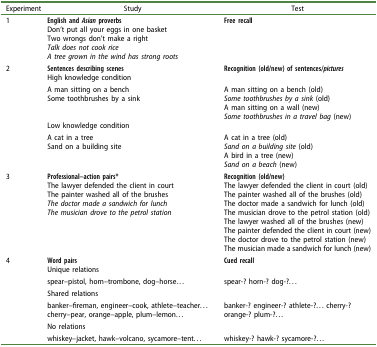
<table><thead><tr><td><b>Experiment</b></td><td><b>Study</b></td><td><b>Test</b></td></tr></thead><tbody><tr><td rowspan="5">1</td><td><b>English and <i>Asian</i> proverbs</b></td><td><b>Free recall</b></td></tr><tr><td>Don’t put all your eggs in one basket</td><td> </td></tr><tr><td>Two wrongs don’t make a right</td><td> </td></tr><tr><td><i>Talk does not cook rice</i></td><td> </td></tr><tr><td><i>A tree grown in the wind has strong roots</i></td><td> </td></tr><tr><td rowspan="6">2</td><td><b>Sentences describing scenes</b></td><td><b>Recognition (old/new) of sentences/<i>pictures</i></b></td></tr><tr><td>High knowledge condition</td><td> </td></tr><tr><td>A man sitting on a bench</td><td>A man sitting on a bench (old)</td></tr><tr><td>Some toothbrushes by a sink</td><td><i>Some toothbrushes by a sink</i> (old)</td></tr><tr><td> </td><td>A man sitting on a wall (new)</td></tr><tr><td> </td><td><i>Some toothbrushes in a travel bag</i> (new)</td></tr><tr><td rowspan="4"> </td><td>Low knowledge condition</td><td> </td></tr><tr><td>A cat in a tree</td><td>A cat in a tree (old)</td></tr><tr><td>Sand on a building site</td><td><i>Sand on a building site</i> (old)</td></tr><tr><td> </td><td>A bird in a tree (new)</td></tr><tr><td> </td><td> </td><td><i>Sand on a beach</i> (new)</td></tr><tr><td rowspan="9">3</td><td><b>Professional–</b><b>action pairs*</b></td><td><b>Recognition (old/new)</b></td></tr><tr><td>The lawyer defended the client in court</td><td>The lawyer defended the client in court (old)</td></tr><tr><td>The painter washed all of the brushes</td><td>The painter washed all of the brushes (old)</td></tr><tr><td><i>The doctor made a sandwich for lunch</i></td><td>The doctor made a sandwich for lunch (old)</td></tr><tr><td><i>The musician drove to the petrol station</i></td><td>The musician drove to the petrol station (old)</td></tr><tr><td rowspan="4"> </td><td>The lawyer washed all of the brushes (new)</td></tr><tr><td>The painter defended the client in court (new)</td></tr><tr><td>The doctor drove to the petrol station (new)</td></tr><tr><td>The musician made a sandwich for lunch (new)</td></tr><tr><td rowspan="7">4</td><td><b>Word pairs</b></td><td><b>Cued recall</b></td></tr><tr><td>Unique relations</td><td> </td></tr><tr><td>spear–pistol, horn–trombone, dog–horse...</td><td>spear-? horn-? dog-?...</td></tr><tr><td>Shared relations</td><td> </td></tr><tr><td>banker–fireman, engineer–cook, athlete–teacher... cherry–pear, orange–apple, plum–lemon...</td><td rowspan="2">banker-? engineer-? athlete-?... cherry-? orange-? plum-?...</td></tr><tr><td>No relations</td></tr><tr><td>whiskey–jacket, hawk–volcano, sycamore–tent...</td><td>whiskey-? hawk-? sycamore-?...</td></tr></tbody></table>